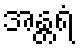
အန္တရံ